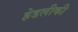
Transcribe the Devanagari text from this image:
हेडलीकी